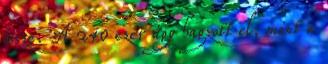
össze. A 240 ezer úgy hagzott el, mint a